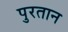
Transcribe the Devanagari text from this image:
पुरतान